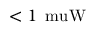
< 1 \, \mathrm { \ m u W }